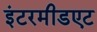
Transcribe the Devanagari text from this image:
इंटरमीडएट